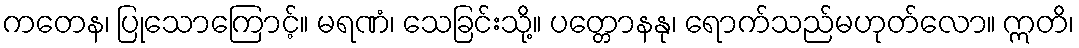
ကတေန၊ ပြုသောကြောင့်။ မရဏံ၊ သေခြင်းသို့။ ပတ္တောနနု၊ ရောက်သည်မဟုတ်လော။ ဣတိ၊